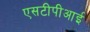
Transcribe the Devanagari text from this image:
एसटीपीआई